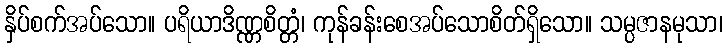
နှိပ်စက်အပ်သော။ ပရိယာဒိဏ္ဏစိတ္တံ၊ ကုန်ခန်းစေအပ်သောစိတ်ရှိသော။ သမ္ပဇာနမုသာ၊